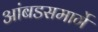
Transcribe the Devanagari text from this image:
आंबडसमार्गे